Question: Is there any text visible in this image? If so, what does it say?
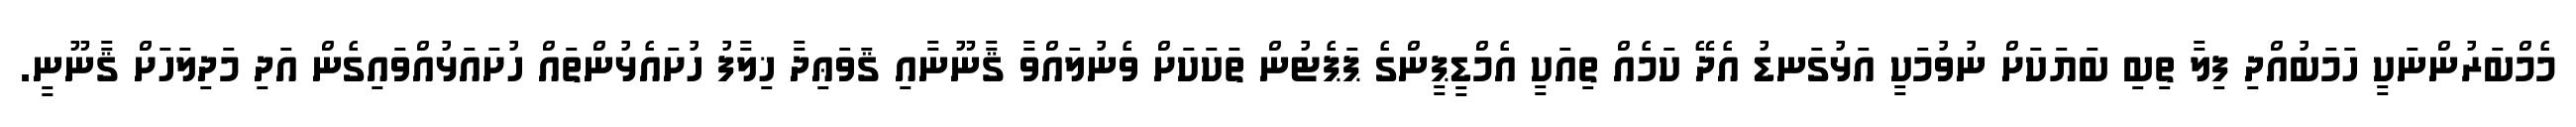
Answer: މެމްބަރުންނަކީ ހަމަބުއްދި ފިލާ ތިބި ބަޔަކަށް ނުވުމަކީ އަޅުގަނޑު އެދޭ ކަމެއް ތިއަކީ އެމްޑީޕީންގެ ޕަޕެޓުން ތަކަކަށް ވެނުލައްވާ ޤާނޫނާއި ޤަވަޢިދާ ޚިލާފު ހުށައެޅުންތައް ހުށައަޅުއްވައިގެން އަދި މަދިލަހަށް ޤާނޫނީ.